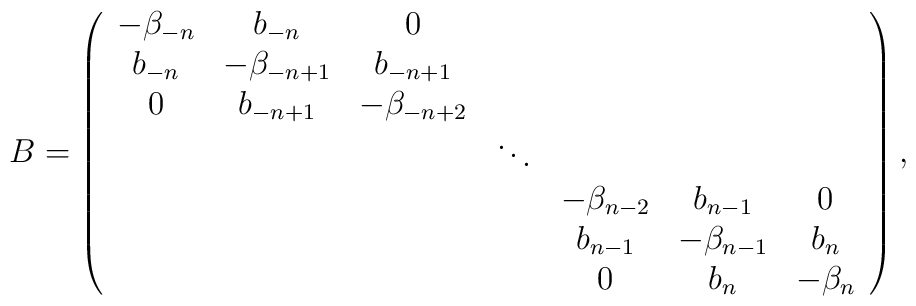
B=\left( \begin{array}{ccccccc}-\beta_{-n} & b_{-n}        & 0             &        &              &              &        \\b_{-n}      & -\beta_{-n+1} & b_{-n+1}      &        &              &              &         \\0           & b_{-n+1}      & -\beta_{-n+2} &        &              &              &          \\            &               &               & \ddots &              &              &           \\            &               &               &        & -\beta_{n-2} & b_{n-1}      & 0          \\            &               &               &        & b_{n-1}      & -\beta_{n-1} & b_{n}       \\            &               &               &        & 0            & b_{n}        & -\beta_{n} \end{array} \right),